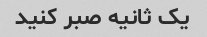
یک ثانیه صبر کنید